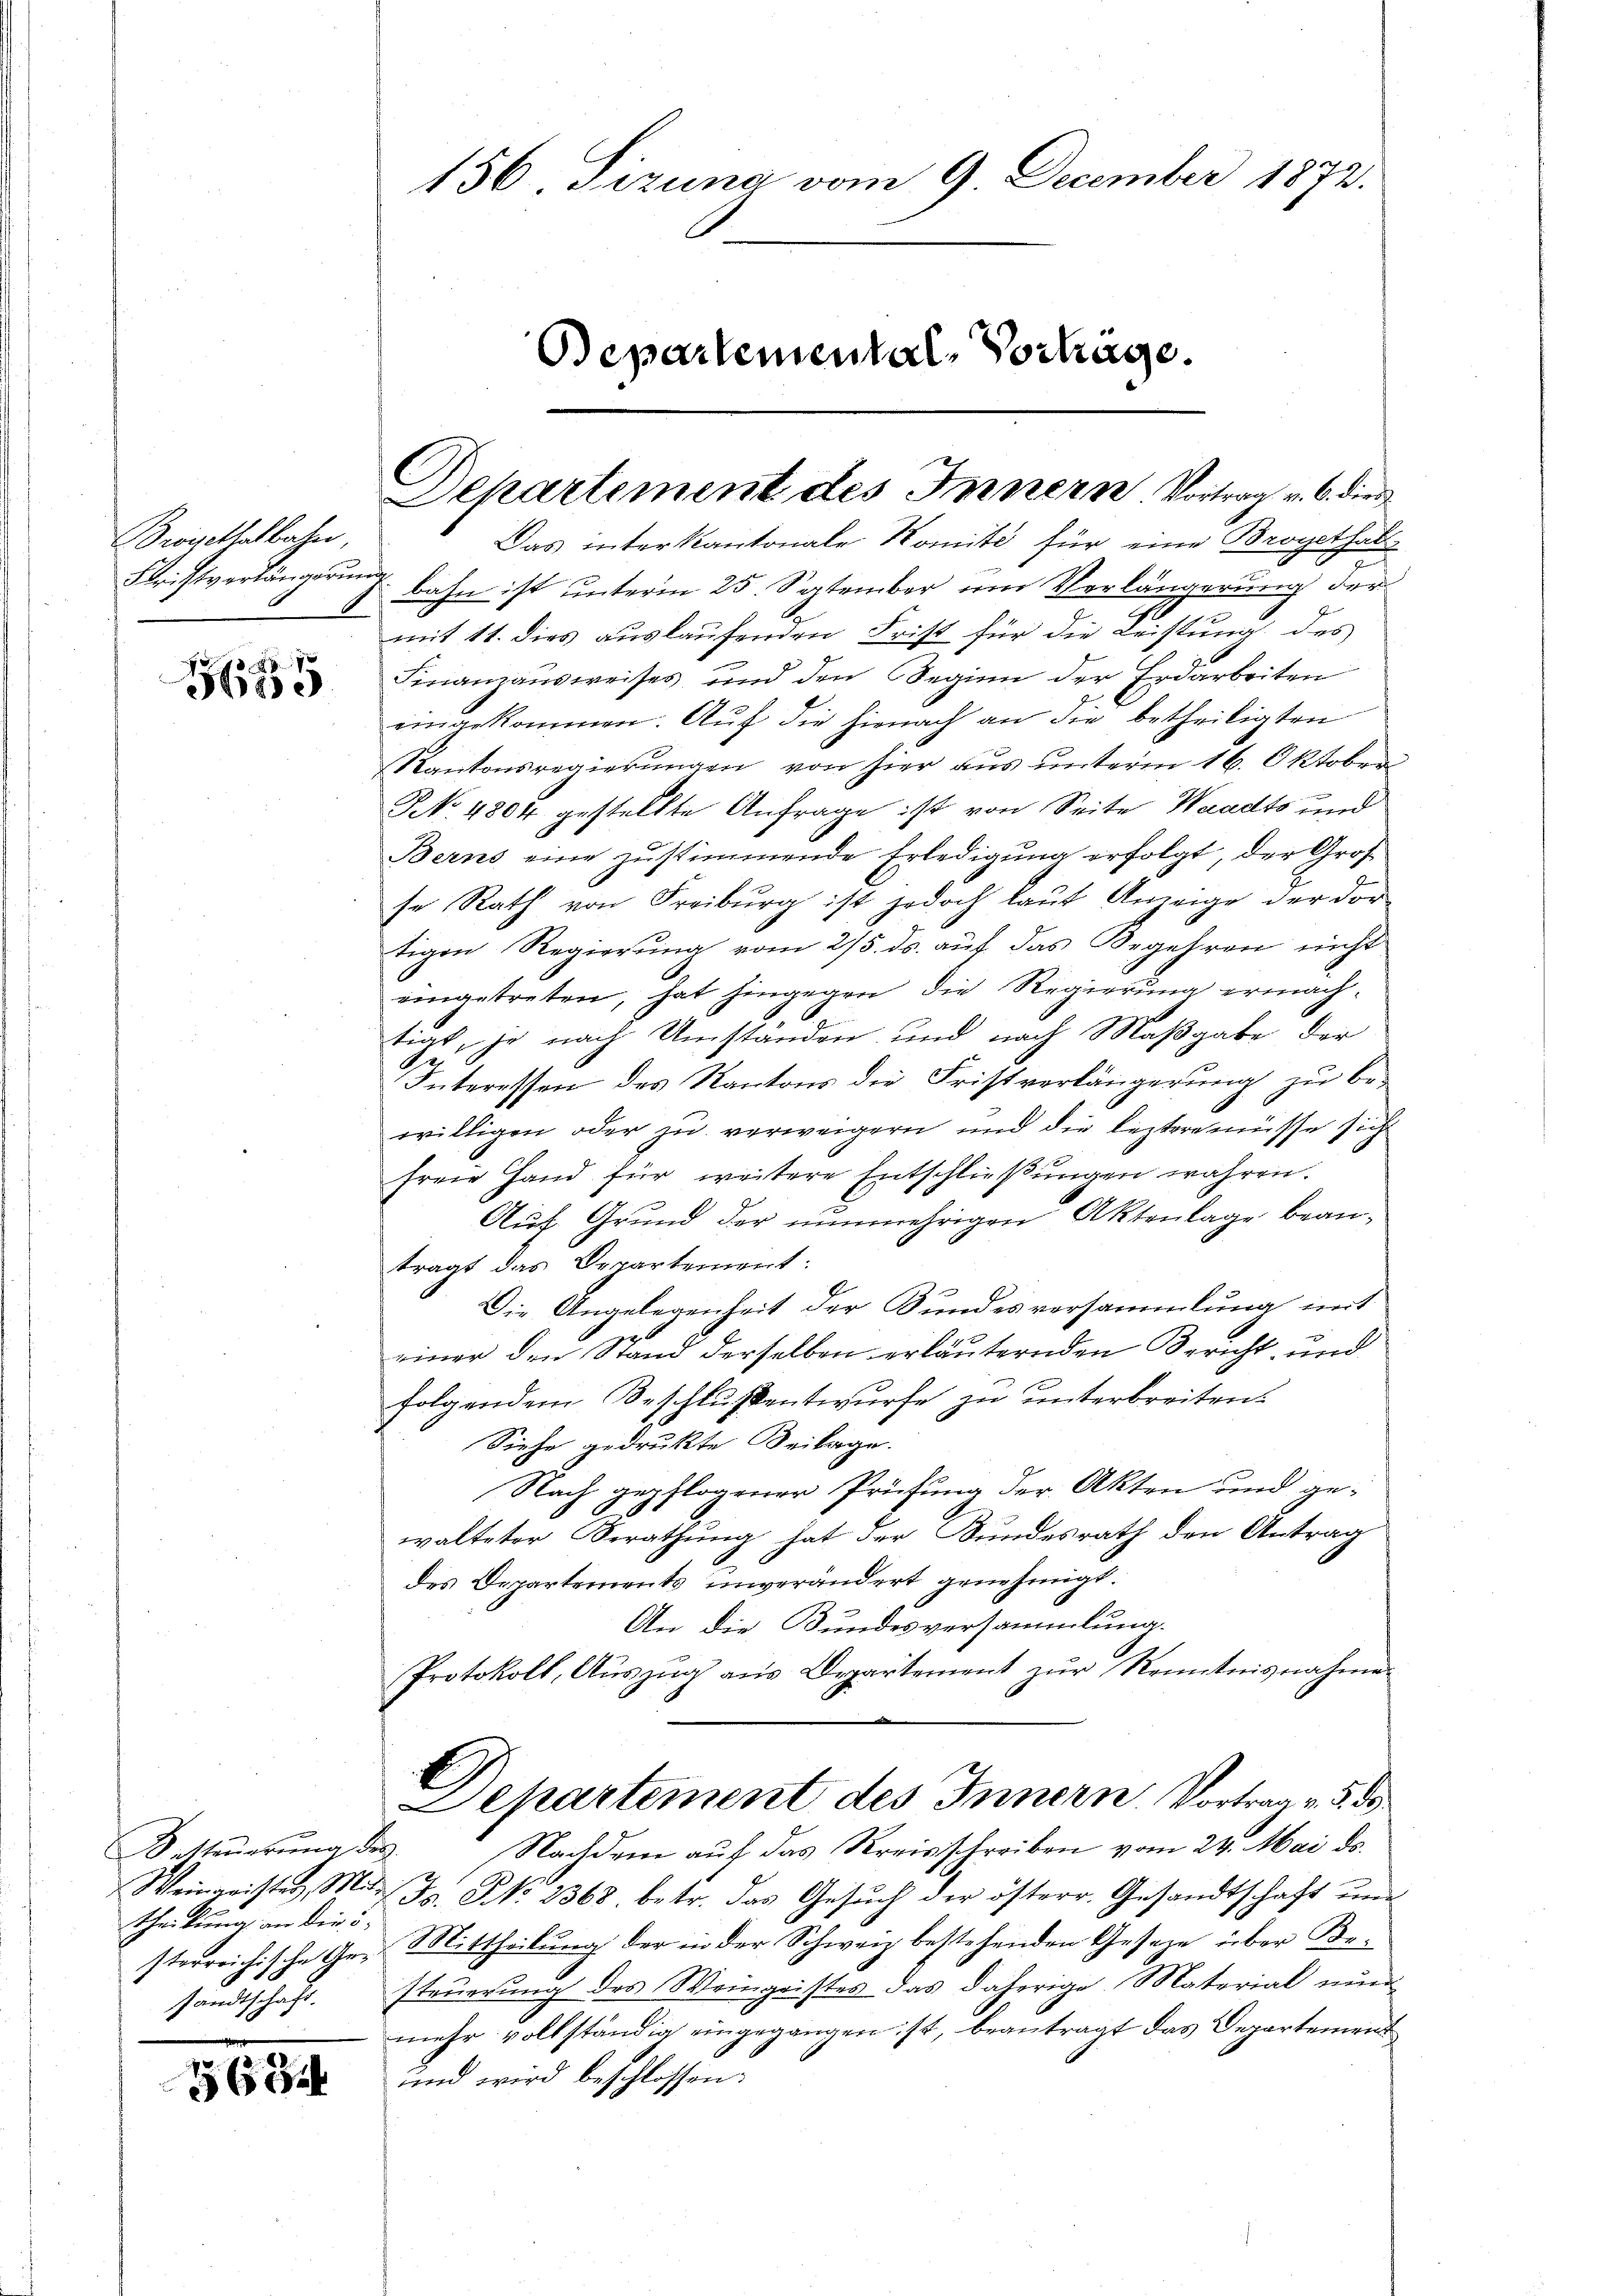
Brogethalbahn,
Christverlängerung

187
Hee

B. Steuerung, de
Weinweister, Mi
theilung an die i
sterreichische Gesandtschaft.

162

156. Tizuna vom 9. December 1872.
Bepartemental-Vortrage.

Das interkantonale Komité für eine Brogethalt
7
bahn ist unterm 25. September um Verlängerung der
mit 11. dies auslaufenden Frist für die Leistung des
Finanzausweises und den Seginn der Erdarbeiten
eingekommen. Auf die hienach an die betheiligten
Kantonsregierungen von hier aus unterm 16. Oktober
NNo. 4804 gestellte Anfrage ist von Seite Waadts und
Berns eine zŭstimmende Erledigŭng erfolgt, der Gros
se Rath von Freiburg ist jedoch laut Anzeige der dor
tigen Regierung vom 25. ds. auf das Begehren nicht
eingetreten, hat hingegen die Regierung ermachtigt, je nach Umständen und nach Maßgabe der
G
Interessen des Kantons die Fristverlängerung zu be-
willigen oder zu verweigern und die lezterenisse sich
freie Hand für weitere Entschließungen wahren.
Auf Grund der nunmehrigen Aktenlage beanträgt das Departement:
Die Angelegenheit der Bundesversammlung mit
einer den Stand derselben erläuternden Bericht und
folgendem Beschlussentwurfe zu unterbreiten.
Siehe gedrukte Beilage.
Nach gepflogener Prüfung der Akten und ge-
walteter Berathung hat der Bundesrath den Antrag
des Departements unverändert genehmigt.
An die Bundesversammlung.
Protokoll, Auszug aus Departement zur Kenntnisnahme.
Departement des Innern, Vortrag v. 5. ds.
.
Nachdem auf das Kreisschreiben vom 24. Mai ds.
J. No 2368, betr. das Gesuch der österr. Gesandtschaft und
Mittheilung der in der Schweiz bestehenden Geseze über Besteuerung des Weingeistes das daherige Material nun
mehr vollständig eingegangen ist, beantragt das Departement
uund wird beschlossen:

Dehartement des Innern Vortrag v. 6. dies